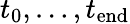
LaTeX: {t_{\mathrm{0}},\dots,t_{\mathrm{end}}}